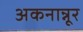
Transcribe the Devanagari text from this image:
अकनान्नूर